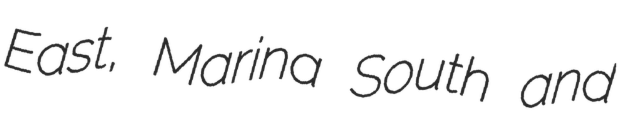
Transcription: East, Marina South and